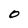
Character: 0